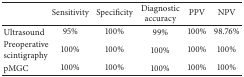
<table><thead><tr><td><b> </b></td><td><b>Sensitivity</b></td><td><b>Specificity</b></td><td><b>Diagnostic accuracy</b></td><td><b>PPV</b></td><td><b>NPV</b></td></tr></thead><tbody><tr><td>Ultrasound</td><td>95%</td><td>100%</td><td>99%</td><td>100%</td><td>98.76%</td></tr><tr><td>Preoperative scintigraphy</td><td>100%</td><td>100%</td><td>100%</td><td>100%</td><td>100%</td></tr><tr><td>pMGC</td><td>100%</td><td>100%</td><td>100%</td><td>100%</td><td>100%</td></tr></tbody></table>